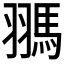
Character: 𩢳